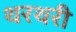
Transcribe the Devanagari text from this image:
थरथरी